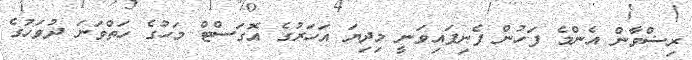
ރިޟްވާން އެންމެ ފަހުން ފެނިފައިވަނީ މިދިޔަ އަހަރުގެ އޮގަސްޓް މަހުގެ ހަތްވަނަ ދުވަހުގެ